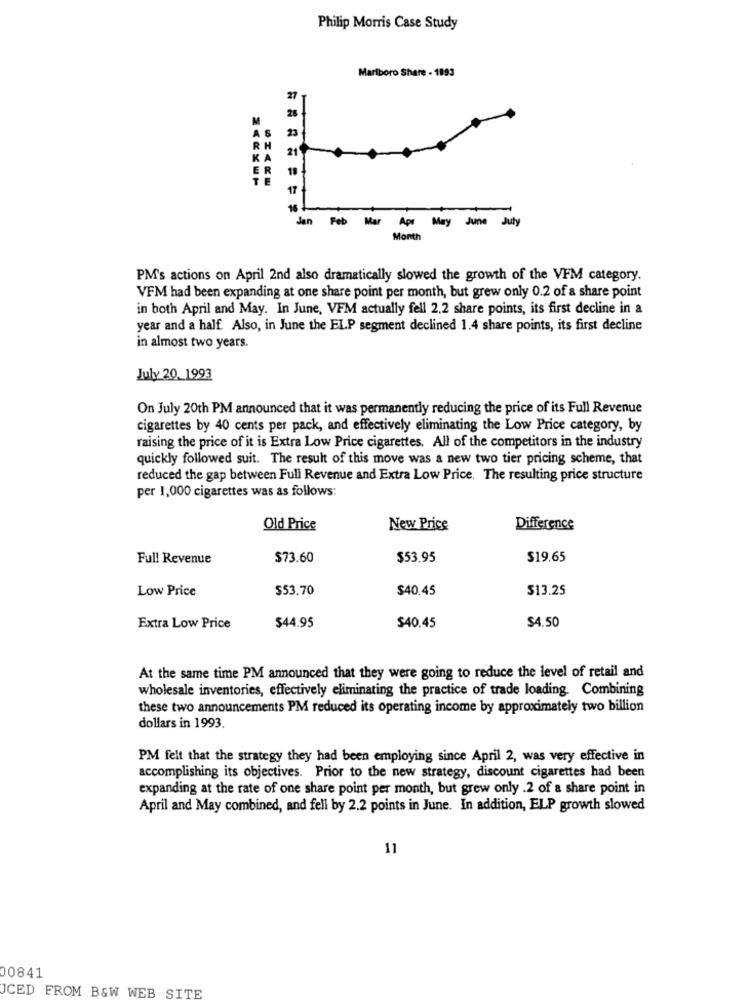
Philip Morris Case Study
Marlboro Share - 1893
Jan
Feb Mer Apr May June July
Month
PM's actions on April 2nd also dramatically slowed the growth of the VFM category.
VFM had been expanding at one share point per month, but grew only 0.2 of a share point
in both April and May. In June, VFM actually fell 2.2 share points, its first decline in a
year and a half. Also, in June the ELP segment declined 1.4 share points, its first decline
in almost two years.
July 20.1993
On July 20th PM announced that it was permanently reducing the price of its Full Revenue
cigarettes by 40 cents per pack, and effectively eliminating the Low Price category, by
raising the price of it is Extra Low Price cigarettes. All of the competitors in the industry
quickly followed suit. The result of this move was a new two tier pricing scheme, that
reduced the gap between Full Revenue and Extra Low Price. The resulting price structure
per 1,000 cigarettes was as follows:
Old Price
New Price
Difference
Full Revenue
$73.60
$53.95
$19.65
Low Price
$53.70
$40.45
$13.25
$44.95
$40.45
$4.50
Extra Low Price
At the same time PM announced that they were going to reduce the level of retail and
wholesale inventories, effectively eliminating the practice of trade loading. Combining
these two announcements PM reduced its operating income by approximately two billion
dollars in 1993.
PM felt that the strategy they had been employing since April 2, was very effective in
accomplishing its objectives. Prior to the new strategy, discount cigarettes had been
expanding at the rate of one share point per month, but grew only .2 of a share point in
April and May combined, and fell by 2.2 points in June. In addition, ELP growth slowed
11
00841
ICED FROM B&W WEB SITE